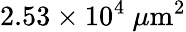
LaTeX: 2.53\times 10^{4}~\mu\mathrm{m}^{2}